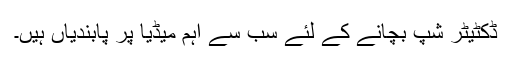
ڈکٹیٹر شپ بچانے کے لئے سب سے اہم میڈیا پر پابندیاں ہیں۔